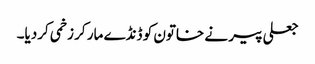
جعلی پیر نے خاتون کو ڈنڈے مار کر زخمی کردیا۔